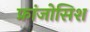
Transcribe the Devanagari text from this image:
फ्रांजोसिश